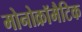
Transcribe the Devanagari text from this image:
मोनोक्रॉमैटिक